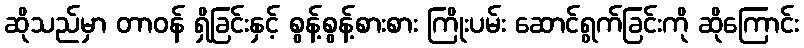
ဆိုသည်မှာ တာဝန် ရှိခြင်းနှင့် စွန့်စွန့်စားစား ကြိုးပမ်း ဆောင်ရွက်ခြင်းကို ဆိုကြောင်း